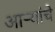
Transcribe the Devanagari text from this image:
आर्‍यांचे